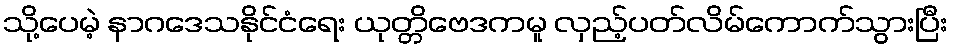
သို့ပေမဲ့ နာဂဒေသနိုင်ငံရေး ယုတ္တိဗေဒကမူ လှည့်ပတ်လိမ်ကောက်သွားပြီး